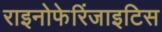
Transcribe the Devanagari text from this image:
राइनोफेरिंजाइटिस